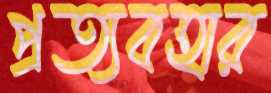
প্রত্যবহার